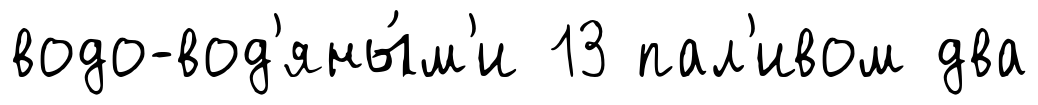
водо-вод'яны́м'и 13 пал'ивом два